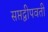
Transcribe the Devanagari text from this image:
सप्तद्वीपवती